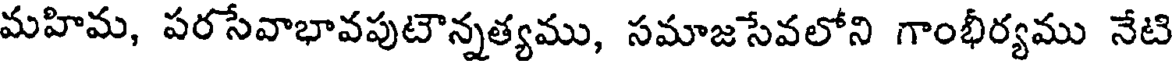
మహిమ, పరసేవాభావపుటౌన్నత్యము, సమాజసేవలోని గాంభీర్యము నేటి